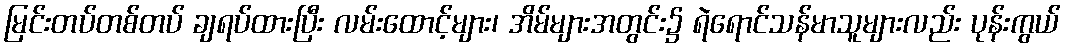
မြင်းတပ်တစ်တပ် ချရပ်ထားပြီး လမ်းထောင့်များ၊ အိမ်များအတွင်း၌ ရဲရောင်သန်မာသူများလည်း ပုန်းကွယ်